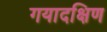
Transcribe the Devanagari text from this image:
गयादक्षिण